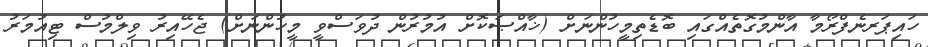
ހައިޕަރނެފްރޯމާ އާންމުގޮތެއްގައި ބޮޑެތިމީހުންނަށް (ޚާއްޞަކޮށް އުމުރުން ދުވަސްވީ މީހުންނަށް) ޖެހޭއިރު ވިލްމުސް ޓިއުމަރު